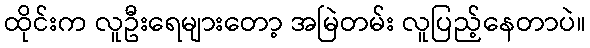
ထိုင်းက လူဦးရေများတော့ အမြဲတမ်း လူပြည့်နေတာပဲ။